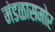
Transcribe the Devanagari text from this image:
मंडळासमोर